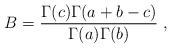
LaTeX: \begin{align*}B=\frac{\Gamma (c)\Gamma (a+b-c)}{\Gamma (a)\Gamma (b)}\;,\end{align*}